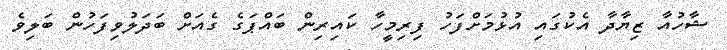
ޝާހުއާ ޒިޔާދާ އެކުގައި އުޅުމަށްފަހު ފިރިމީހާ ކައިރިން ބައްޕަގެ ގެއަށް ބަދަލުވިފަހުން ބަލިވެ